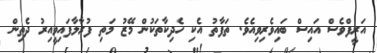
އަރީފްވެސް އައިސް ބައިވެރިވިއެވެ. ތަފާތު އެކި ހެދިކާތަކުން މޭޒު މަތި ފުރާލާފައިވީއިރު ދެތިން